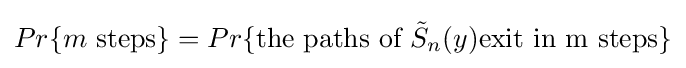
Pr\{m{\mbox{ steps}}\}=Pr\{{\mbox{the paths of }}{\tilde {S}}_{n}(y){\mbox{exit in m steps}}\}